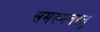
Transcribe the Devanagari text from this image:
समख्यतस्तु